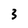
Character: 3